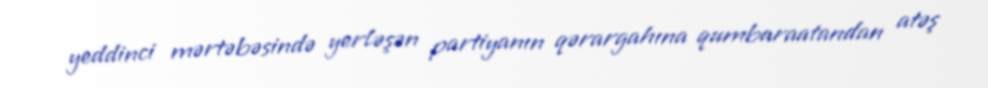
yeddinci mərtəbəsində yerləşən partiyanın qərargahına qumbaraatandan atəş